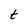
Character: t